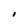
Character: I